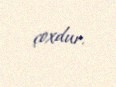
çoxdur.